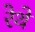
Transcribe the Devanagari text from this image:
रेथे